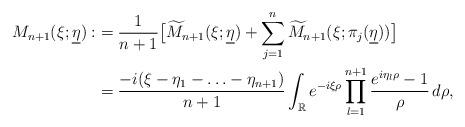
LaTeX: \begin{align*}M_{n+1}(\xi;\underline{\eta}):&=\frac{1}{n+1}\big[\widetilde{M}_{n+1}(\xi;\underline{\eta})+\sum_{j=1}^n\widetilde{M}_{n+1}(\xi;\pi_j(\underline{\eta}))\big]\\&=\frac{-i(\xi-\eta_1-\ldots-\eta_{n+1})}{n+1}\int_{\mathbb{R}}e^{-i\xi\rho}\prod_{l=1}^{n+1}\frac{e^{i\eta_l\rho}-1}{\rho}\,d\rho,\end{align*}